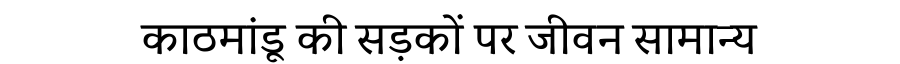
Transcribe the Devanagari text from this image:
काठमांडू की सड़कों पर जीवन सामान्य